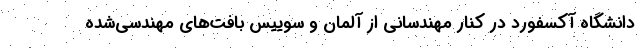
دانشگاه آکسفورد در کنار مهندسانی از آلمان و سوییس بافت‌های مهندسی‌شده